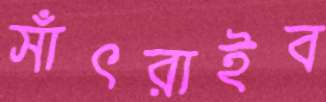
সাঁৎরাইব